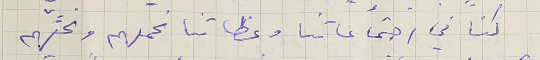
كنا في اجتماعاتنا وعظاتنا نحملهم ونحثَّهم